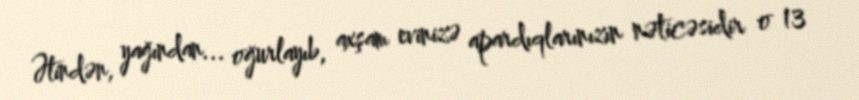
Ətindən, yağından... oğurlayıb, axşam evinizə apardıqlarınızın nəticəsidir o 13